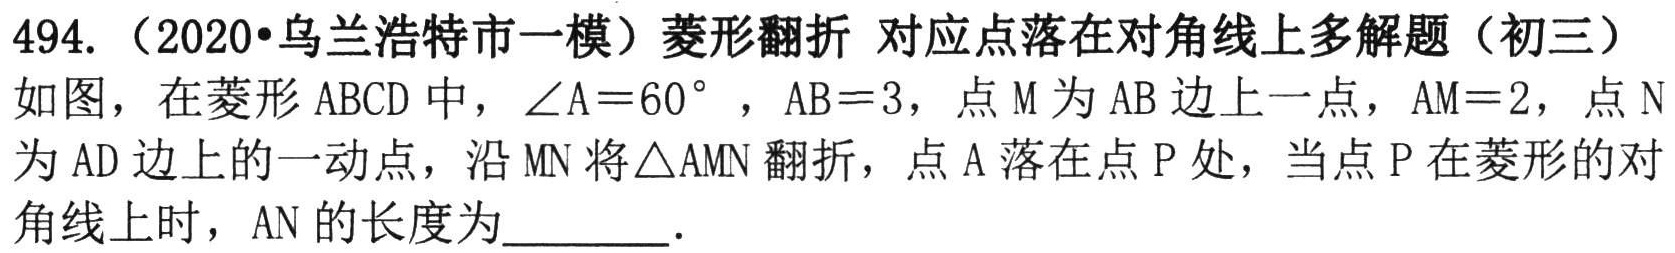
494. （2020•乌兰浩特市一模）菱形翻折 对应点落在对角线上多解题（初三）
如图，在菱形$ABCD$中，$\angle A = 60^{\circ}$，$AB = 3$，点$M$为$AB$边上一点，$AM = 2$，点$N$
为$AD$边上的一动点，沿$MN$将$\triangle AMN$翻折，点$A$落在点$P$处，当点$P$在菱形的对
角线上时，$AN$的长度为  ．